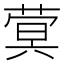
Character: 蓂